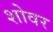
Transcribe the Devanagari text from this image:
शोवर